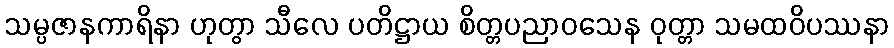
သမ္ပဇာနကာရိနာ ဟုတွာ သီလေ ပတိဋ္ဌာယ စိတ္တပညာဝသေန ဝုတ္တာ သမထဝိပဿနာ